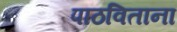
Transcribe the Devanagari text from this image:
पाठविताना